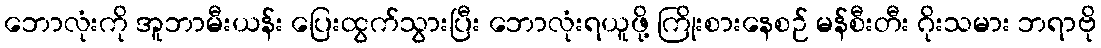
ဘောလုံးကို အူဘာမီးယန်း ပြေးထွက်သွားပြီး ဘောလုံးရယူဖို့ ကြိုးစားနေစဉ် မန်စီးတီး ဂိုးသမား ဘရာဗို